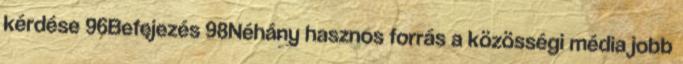
kérdése 96Befejezés 98Néhány hasznos forrás a közösségi média jobb